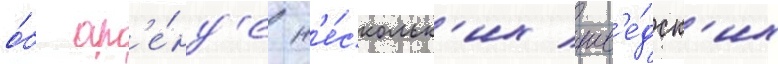
о́б ар'е́нд'е н'е́скольк'их шв'е́дск'их